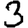
Digit: 3